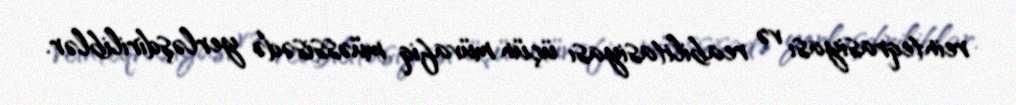
reinteqrasiyası və reabilitasiyası üçün müvafiq müəssisədə yerləşdiriliblər.